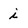
Character: i